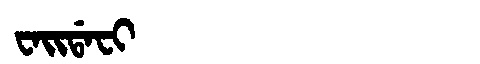
Manchu: ᠸᠠᡳᡩᠠᠸᡳ
Romanization: WAIDAFI